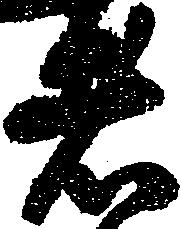
者